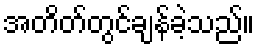
အတိတ်တွင်ချန်ခဲ့သည်။